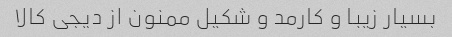
بسیار زیبا و کارمد و شکیل ممنون از دیجی کالا